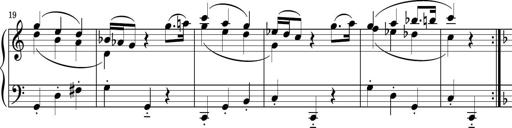
Title: Sonatina PandemÃ³nium
Composer: VÃ­ctor Carbajo
Key: C major